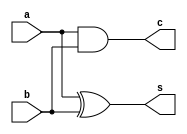
module ha
(input a,b,
output s,c);

xor g1(s,a,b);

and g2(c,a,b);

endmodule

module fa
(input a,b,cin,
output s,c
);

wire c1,c2,c3;

xor g1(s,a,b,cin);

and g2(c1,a,b),
	g3(c2,b,cin),
	g4(c3,cin,a);
	
or g5(c,c1,c2,c3);

endmodule

module rca
(input a0,b0,a1,b1,a2,b2,a3,b3,
output s0,s1,s2,s3,cout
);

wire c0,c1,c2;

ha h1(a0,b0,s0,c0);

fa f1(a1,b1,c0,s1,c1),
	f2(a2,b2,c1,s2,c2),
	f3(a3,b3,c2,s3,cout);
	
endmodule

module rca_tb;
reg a0,a1,a2,a3,b0,b1,b2,b3;
wire s0,s1,s2,s3,cout;

rca r1(a0,b0,a1,b1,a2,b2,a3,b3,s0,s1,s2,s3,cout);
reg [4:0] cnt1;
reg [4:0] cnt2;

initial
begin
	for(cnt1 = 0;cnt1<16;cnt1 = cnt1 + 1)
	begin
		for(cnt2 = 0;cnt2<16;cnt2 = cnt2 + 1)
		begin
		{a3,a2,a1,a0} = cnt1;
		{b3,b2,b1,b0} = cnt2;
		#10;
		end
	end
end

endmodule